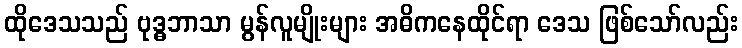
ထိုဒေသသည် ဗုဒ္ဓဘာသာ မွန်လူမျိုးများ အဓိကနေထိုင်ရာ ဒေသ ဖြစ်သော်လည်း